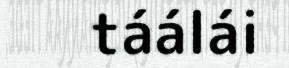
táálái